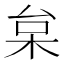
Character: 枲